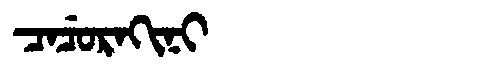
Manchu: ᠴᠠᠴᡠᡵᠠᡴᡳᠨᡳ
Romanization: CACURAKINI